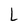
Character: L